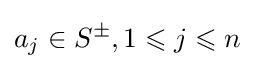
a_{j}\in S^{\pm },1\leqslant j\leqslant n